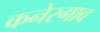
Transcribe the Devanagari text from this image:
कनेरगाव